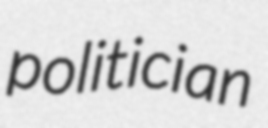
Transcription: politician